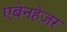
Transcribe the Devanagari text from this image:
एबेनहेज़र